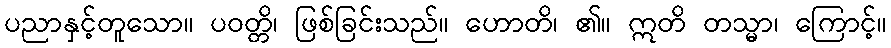
ပညာနှင့်တူသော။ ပဝတ္တိ၊ ဖြစ်ခြင်းသည်။ ဟောတိ၊ ၏။ ဣတိ တသ္မာ၊ ကြောင့်။